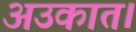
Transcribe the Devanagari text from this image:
अउकात।